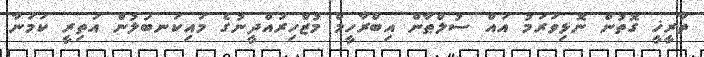
ތާރީޚީ ގޮތުން ނޮޅިވަރަމު އައް ސުލްޠާން އިބްރާހީމް މުޒްހިރުއްދީނުގެ މައިކަނބަލުން އަތިރީ ކަމަނާ